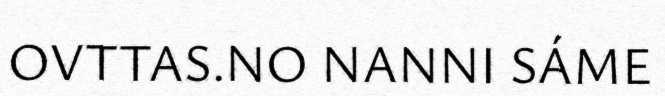
OVTTAS.NO NANNI SÁME